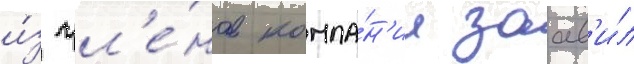
и́з чл'е́нов компа́н'ии заав'и́л